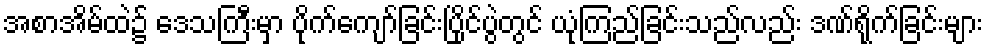
အစာအိမ်ထဲ၌ ဒေသကြီးမှာ ပိုက်ကျော်ခြင်းပြိုင်ပွဲတွင် ယုံကြည်ခြင်းသည်လည်း ဒဏ်ရိုက်ခြင်းများ